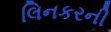
લિનકરની